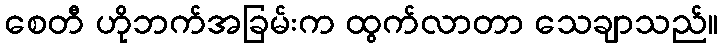
စေတီ ဟိုဘက်အခြမ်းက ထွက်လာတာ သေချာသည်။